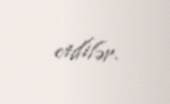
etdilər.